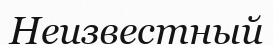
Неизвестный